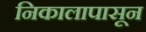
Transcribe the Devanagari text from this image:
निकालापासून